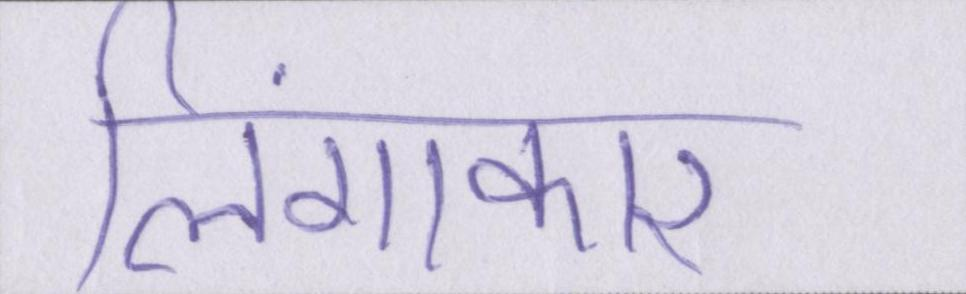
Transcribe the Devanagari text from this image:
लिंगाकार